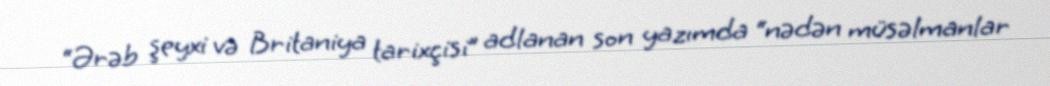
“Ərəb şeyxi və Britaniya tarixçisi” adlanan son yazımda “nədən müsəlmanlar